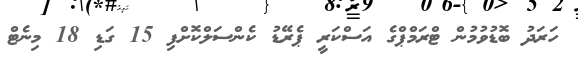
ހަރަދު ބޮޑުވުމުން ޓްރަމްޕްގެ އަސްކަރީ ޕެރޭޑު ކެންސަލްކޮށްފި 15 ގަޑި 18 މިނެޓް